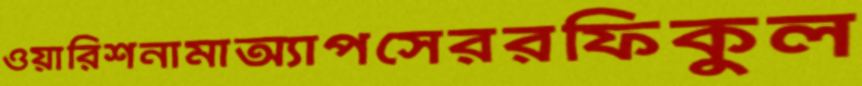
ওয়ারিশনামাঅ্যাপসেররফিকুল